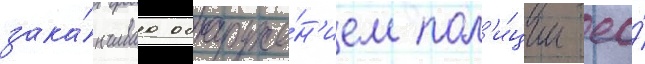
зака́нчиваа обнаруже́н'ием пол'и́ции ео́